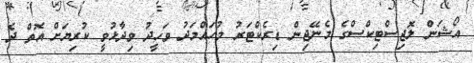
އޯޝަން ލޮޖިސްޓިކްސްގެ މެނޭޖިން ޑިރެކްޓަރު މުހައްމަދު ވަހީދު ވިދާޅުވީ ކުރިޔަށް އޮތް ދެ